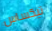
تيكساس